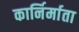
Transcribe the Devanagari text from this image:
कार्निर्माता